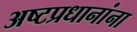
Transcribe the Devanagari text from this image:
अष्टप्रधानांना